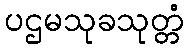
ပဌမသုခသုတ္တံ